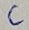
Text: C